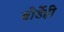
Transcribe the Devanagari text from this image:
बोर्डेही